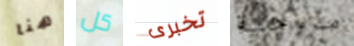
هنا كل تخبرى مروحية